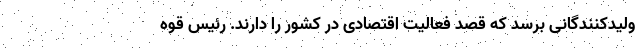
ولیدکنندگانی برسد که قصد فعالیت اقتصادی در کشور را دارند. رئیس قوه